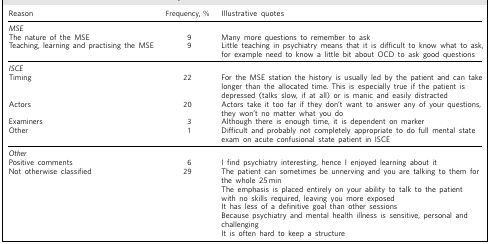
<table><thead><tr><td><b>Reason</b></td><td><b>Frequency, %</b></td><td><b>Illustrative quotes</b></td></tr></thead><tbody><tr><td><i>MSE</i></td><td></td><td></td></tr><tr><td>The nature of the MSE</td><td>9</td><td>Many more questions to remember to ask</td></tr><tr><td>Teaching, learning and practising the MSE</td><td>9</td><td>Little teaching in psychiatry means that it is difficult to know what to ask, for example need to know a little bit about OCD to ask good questions</td></tr><tr><td><i>ISCE</i></td><td></td><td></td></tr><tr><td>Timing</td><td>22</td><td>For the MSE station the history is usually led by the patient and can take longer than the allocated time. This is especially true if the patient is depressed (talks slow, if at all) or is manic and easily distracted</td></tr><tr><td>Actors</td><td>20</td><td>Actors take it too far if they don’t want to answer any of your questions, they won’t no matter what you do</td></tr><tr><td>Examiners</td><td>3</td><td>Although there is enough time, it is dependent on marker</td></tr><tr><td>Other</td><td>1</td><td>Difficult and probably not completely appropriate to do full mental state exam on acute confusional state patient in ISCE</td></tr><tr><td><i>Other</i></td><td></td><td></td></tr><tr><td>Positive comments</td><td>6</td><td>I find psychiatry interesting, hence I enjoyed learning about it</td></tr><tr><td>Not otherwise classified</td><td>29</td><td>The patient can sometimes be unnerving and you are talking to them for the whole 25 min</td></tr><tr><td></td><td></td><td>The emphasis is placed entirely on your ability to talk to the patient with no skills required, leaving you more exposed</td></tr><tr><td></td><td></td><td>It has less of a definitive goal than other sessions</td></tr><tr><td></td><td></td><td>Because psychiatry and mental health illness is sensitive, personal and challenging</td></tr><tr><td></td><td></td><td>It is often hard to keep a structure</td></tr></tbody></table>